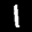
Label: 1